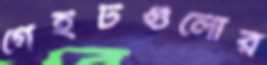
গেইটগুলোর